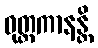
ဓုတ္တကာနန္တိ